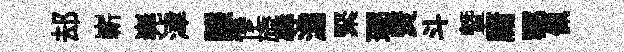
𨚫嶄嶤津謙慘旒辱灙緊瑯燹斗曁庸鄠佩